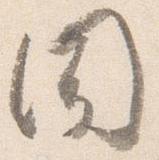
聞